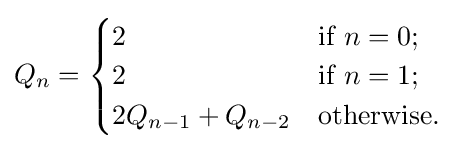
Q_{n}={\begin{cases}2&{\mbox{if }}n=0;\\2&{\mbox{if }}n=1;\\2Q_{n-1}+Q_{n-2}&{\mbox{otherwise.}}\end{cases}}